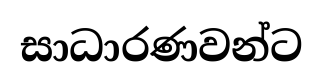
සාධාරණවන්ට